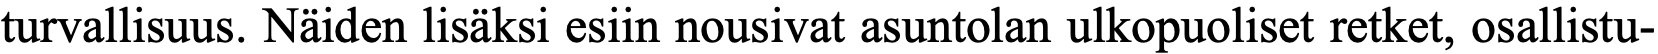
turvallisuus. Näiden lisäksi esiin nousivat asuntolan ulkopuoliset retket, osallistu-